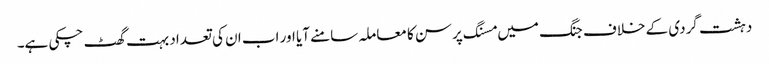
دہشت گردی کے خلاف جنگ میں مسنگ پرسن کا معاملہ سامنے آیا اور اب ان کی تعداد بہت گھٹ چکی ہے۔